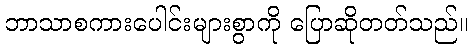
ဘာသာစကားပေါင်းများစွာကို ပြောဆိုတတ်သည်။